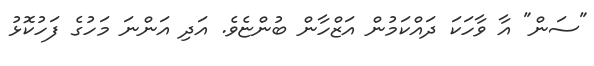
"ސަން" އާ ވާހަކަ ދައްކަމުން އަޒްހާން ބުންޏެވެ. އަދި އަންނަ މަހުގެ ފަހުކޮޅު